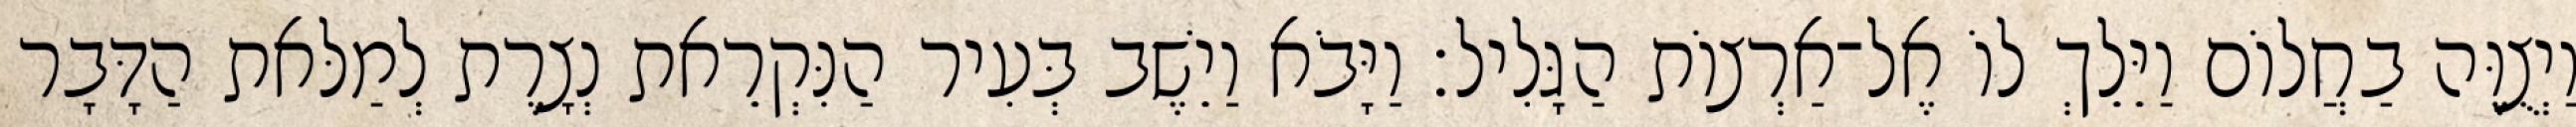
וַיְצֻוֶּה בַחֲלוֹם וַיֵּלֵךְ לוֹ אֶל־אַרְצוֹת הַגָּלִיל׃ וַיָּבֹא וַיֵשֶׁב בְּעִיר הַנִּקְרֵאת נְצָרֶת לְמַלּאת הַדָּבָר